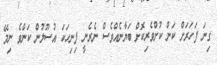
ގިނަ ފަހަރަށް ކަން ކުށްވެރިކޮށް ބަޔާނެއްވެސް ނެރެނީ ފިނިހަކަ އުސޫލުން ކަންވެ ނިމޭ